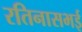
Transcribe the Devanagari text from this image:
रतिनासभई